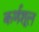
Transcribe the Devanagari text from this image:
कर्णशूल